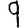
Digit: 9